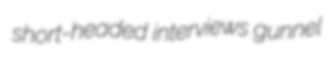
short-headed interviews gunnel